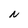
Character: N